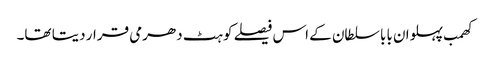
کھمب پہلوان بابا سلطان کے اس فیصلے کو ہٹ دھرمی قرار دیتا تھا۔